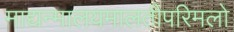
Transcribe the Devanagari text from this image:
माद्यन्मालयमालतीपरिमलो